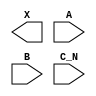
module sky130_fd_sc_hs__or3b (
    X  ,
    A  ,
    B  ,
    C_N
);

    output X  ;
    input  A  ;
    input  B  ;
    input  C_N;

    // Voltage supply signals
    supply1 VPWR;
    supply0 VGND;

endmodule